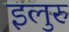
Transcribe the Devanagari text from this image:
इलुरु